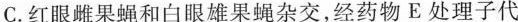
C.红眼雌果蝇和白眼雄果蝇杂交，经药物E处理子代